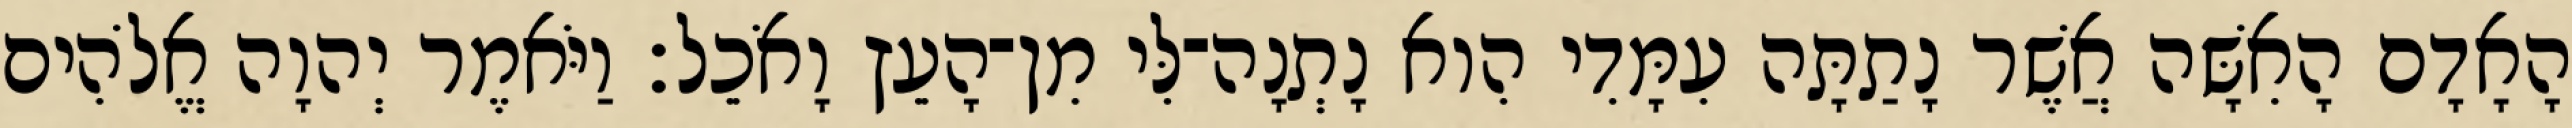
הָאָדָם הָאִשָּׁה אֲשֶׁר נָתַתָּה עִמָּדִי הִוא נָתְנָה־לִּי מִן־הָעֵץ וָאֹכֵל׃ וַיֹּאמֶר יְהוָה אֱלֹהִים